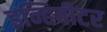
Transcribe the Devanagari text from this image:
इन्हिबीटर